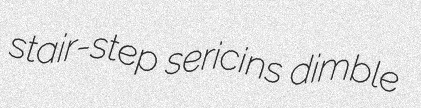
stair-step sericins dimble